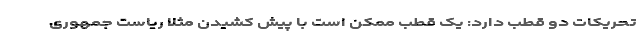
تحریکات دو قطب دارد: یک قطب ممکن است با پیش کشیدن مثلاً ریاست جمهوری